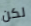
لكن